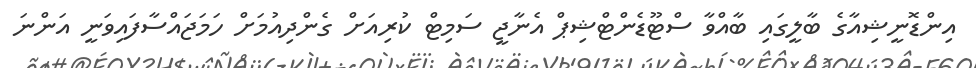
އިންޑޮނީޝިއާގެ ބާލީގައި ބާއްވާ ސްޓޫޑެންޓްޝިޕް އެނާޖީ ސަމިޓް ކުރިއަށް ގެންދިއުމަށް ހަމަޖައްސާފައިވަނީ އަންނަ